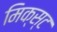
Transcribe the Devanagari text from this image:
मिक्स्ट